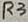
Text: R3